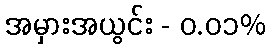
အမှားအယွင်း - ၀.၀၁%